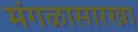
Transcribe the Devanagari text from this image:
मंगळासारखा